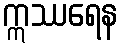
ဣဿရေန